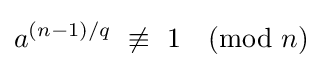
a^{({n-1})/q}\ \not \equiv \ 1{\pmod {n}}